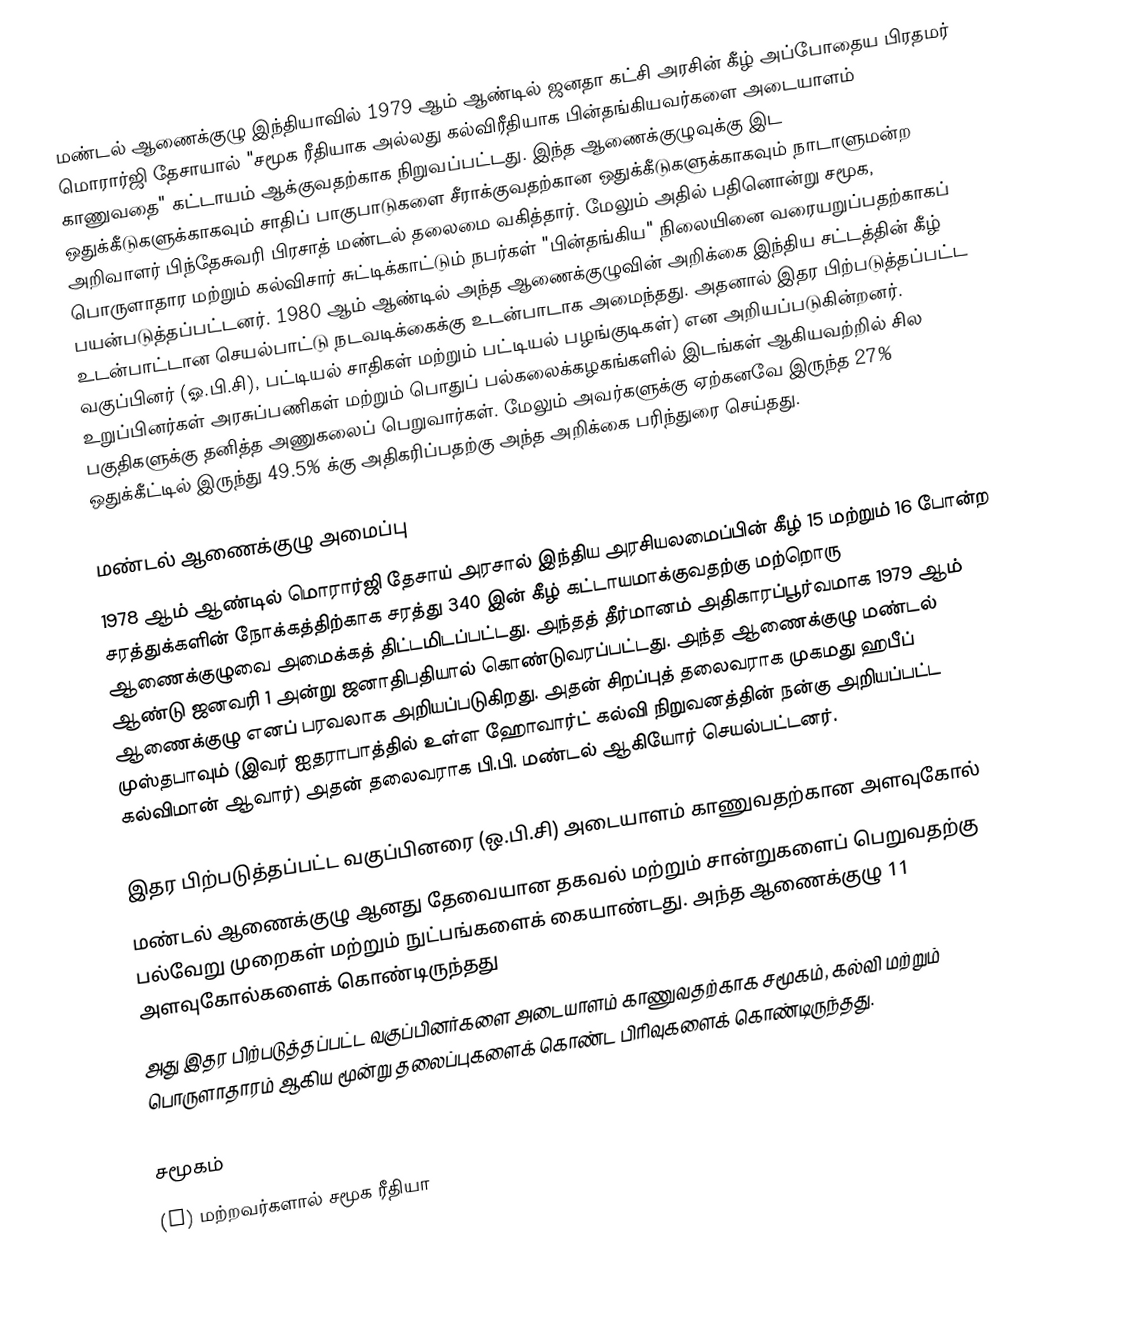
மண்டல் ஆணைக்குழு இந்தியாவில் 1979 ஆம் ஆண்டில் ஜனதா கட்சி அரசின் கீழ் அப்போதைய பிரதமர் மொரார்ஜி தேசாயால் "சமூக ரீதியாக அல்லது கல்விரீதியாக பின்தங்கியவர்களை அடையாளம் காணுவதை" கட்டாயம் ஆக்குவதற்காக நிறுவப்பட்டது. இந்த ஆணைக்குழுவுக்கு இட ஒதுக்கீடுகளுக்காகவும் சாதிப் பாகுபாடுகளை சீராக்குவதற்கான ஒதுக்கீடுகளுக்காகவும் நாடாளுமன்ற அறிவாளர் பிந்தேசுவரி பிரசாத் மண்டல் தலைமை வகித்தார். மேலும் அதில் பதினொன்று சமூக, பொருளாதார மற்றும் கல்விசார் சுட்டிக்காட்டும் நபர்கள் "பின்தங்கிய" நிலையினை வரையறுப்பதற்காகப் பயன்படுத்தப்பட்டனர். 1980 ஆம் ஆண்டில் அந்த ஆணைக்குழுவின் அறிக்கை இந்திய சட்டத்தின் கீழ் உடன்பாட்டான செயல்பாட்டு நடவடிக்கைக்கு உடன்பாடாக அமைந்தது. அதனால் இதர பிற்படுத்தப்பட்ட வகுப்பினர் (ஓ.பி.சி),  பட்டியல் சாதிகள் மற்றும் பட்டியல் பழங்குடிகள்) என அறியப்படுகின்றனர். உறுப்பினர்கள் அரசுப்பணிகள் மற்றும் பொதுப் பல்கலைக்கழகங்களில் இடங்கள் ஆகியவற்றில் சில பகுதிகளுக்கு தனித்த அணுகலைப் பெறுவார்கள். மேலும் அவர்களுக்கு ஏற்கனவே இருந்த 27% ஒதுக்கீட்டில் இருந்து 49.5% க்கு அதிகரிப்பதற்கு அந்த அறிக்கை பரிந்துரை செய்தது.

மண்டல் ஆணைக்குழு அமைப்பு
1978 ஆம் ஆண்டில் மொரார்ஜி தேசாய் அரசால் இந்திய அரசியலமைப்பின் கீழ் 15 மற்றும் 16 போன்ற சரத்துக்களின் நோக்கத்திற்காக சரத்து 340 இன் கீழ் கட்டாயமாக்குவதற்கு மற்றொரு ஆணைக்குழுவை அமைக்கத் திட்டமிடப்பட்டது. அந்தத் தீர்மானம் அதிகாரப்பூர்வமாக 1979 ஆம் ஆண்டு ஜனவரி 1 அன்று ஜனாதிபதியால் கொண்டுவரப்பட்டது. அந்த ஆணைக்குழு மண்டல் ஆணைக்குழு எனப் பரவலாக அறியப்படுகிறது. அதன் சிறப்புத் தலைவராக முகமது ஹபீப் முஸ்தபாவும் (இவர் ஐதராபாத்தில் உள்ள ஹோவார்ட் கல்வி நிறுவனத்தின் நன்கு அறியப்பட்ட கல்விமான் ஆவார்) அதன் தலைவராக பி.பி. மண்டல் ஆகியோர் செயல்பட்டனர்.

இதர பிற்படுத்தப்பட்ட வகுப்பினரை (ஒ.பி.சி) அடையாளம் காணுவதற்கான அளவுகோல்
மண்டல் ஆணைக்குழு ஆனது தேவையான தகவல் மற்றும் சான்றுகளைப் பெறுவதற்கு பல்வேறு முறைகள் மற்றும் நுட்பங்களைக் கையாண்டது. அந்த ஆணைக்குழு 11 அளவுகோல்களைக் கொண்டிருந்தது
அது இதர பிற்படுத்தப்பட்ட வகுப்பினர்களை அடையாளம் காணுவதற்காக சமூகம், கல்வி மற்றும் பொருளாதாரம் ஆகிய மூன்று தலைப்புகளைக் கொண்ட பிரிவுகளைக் கொண்டிருந்தது.

சமூகம்
(i) மற்றவர்களால் சமூக ரீதியா